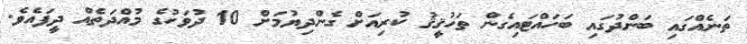
ތަނެއްގައި ބަންދުގައި ބަހައްޓައިގެން ތަހުޤީޤު ކުރިއަށް ގެންދިޔުމަށް 10 ދުވަހުގެ މުއްދަތެއް ދީފައެވެ.